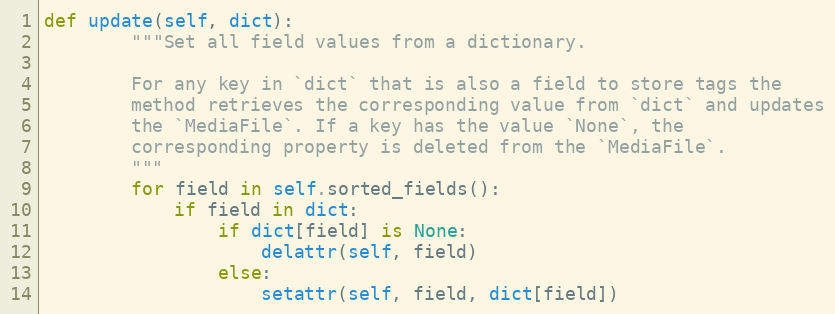
Language: Python
def update(self, dict):
        """Set all field values from a dictionary.

        For any key in `dict` that is also a field to store tags the
        method retrieves the corresponding value from `dict` and updates
        the `MediaFile`. If a key has the value `None`, the
        corresponding property is deleted from the `MediaFile`.
        """
        for field in self.sorted_fields():
            if field in dict:
                if dict[field] is None:
                    delattr(self, field)
                else:
                    setattr(self, field, dict[field])